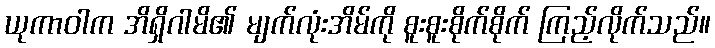
ယုကာဝါက အိရှိဂါမိ၏ မျက်လုံးအိမ်ကို စူးစူးစိုက်စိုက် ကြည့်လိုက်သည်။